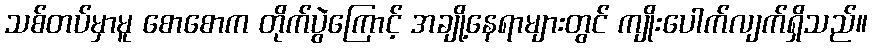
သစ်တပ်မှာမူ စောစောက တိုက်ပွဲကြောင့် အချို့နေရာများတွင် ကျိုးပေါက်လျက်ရှိသည်။